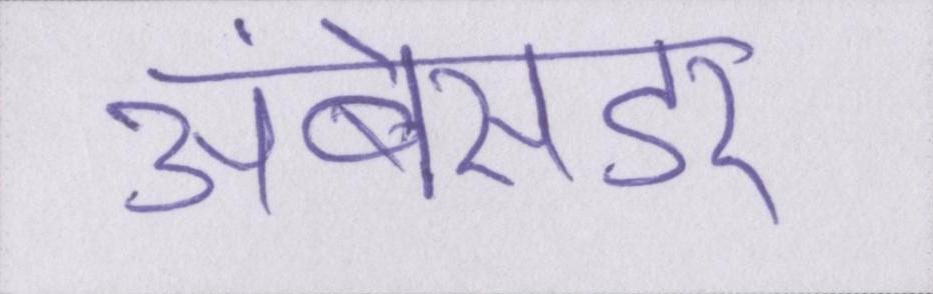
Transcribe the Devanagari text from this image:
अंबेसडर